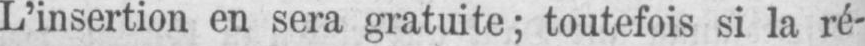
L’insertion en sera gratuite; toutefois si la ré-